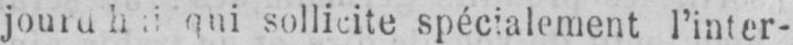
qui sollicite spécialement l’inter-